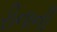
રીનાની